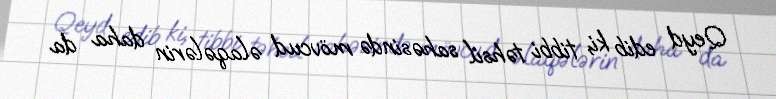
Qeyd edib ki, tibbi təhsil sahəsində mövcud əlaqələrin daha da